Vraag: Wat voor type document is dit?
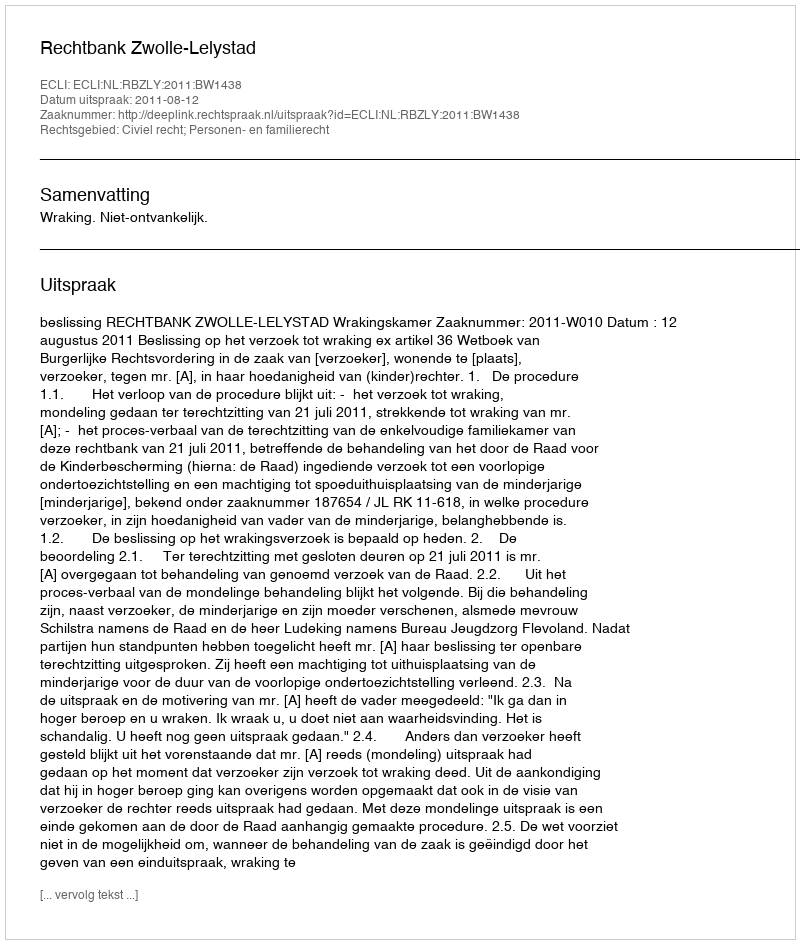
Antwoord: Uitspraak